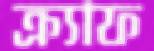
ক্র্যাফ